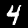
Digit: 4